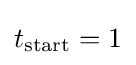
t_{\text{start}}=1